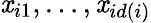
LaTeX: \mathit{x}_{i1},\dots,\mathit{x}_{id(i)}